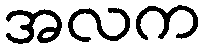
အလက